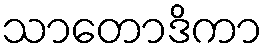
သာတောဒိကာ